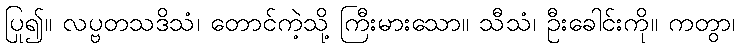
ပြု၍။ လပ္ဗတသဒိသံ၊ တောင်ကဲ့သို့ ကြီးမားသော။ သီသံ၊ ဦးခေါင်းကို။ ကတွာ၊